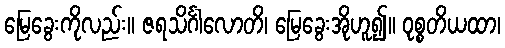
မြေခွေးကိုလည်း။ ဇရသိင်္ဂါလောတိ၊ မြေခွေးအိုဟူ၍။ ဝုစ္စတိယထာ၊